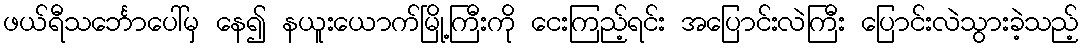
ဖယ်ရီသင်္ဘောပေါ်မှ နေ၍ နယူးယောက်မြို့ကြီးကို ငေးကြည့်ရင်း အပြောင်းလဲကြီး ပြောင်းလဲသွားခဲ့သည့်